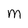
Character: m